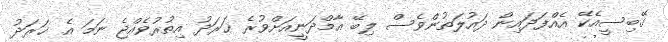
ގޭބިސީއެކޭ އެއްފަދައިން ދައުލަތުންވެސް ލިބޭ އާމްދަނީއަށްވުރެ ޚަރަދު އިތުރުވެއްޖެ ނަމަ އެ ޚަރަދު